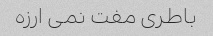
باطری مفت نمی ارزه